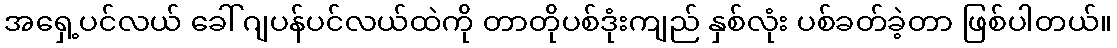
အရှေ့ပင်လယ် ခေါ် ဂျပန်ပင်လယ်ထဲကို တာတိုပစ်ဒုံးကျည် နှစ်လုံး ပစ်ခတ်ခဲ့တာ ဖြစ်ပါတယ်။